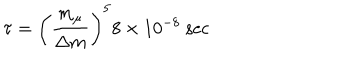
LaTeX: \tau = \left( { \frac { m _ { \mu } } { \Delta m } } \right) ^ { 5 } 8 \times 1 0 ^ { - 8 } \ \mathrm { s e c }